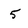
Character: 5